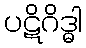
ပဋိဂိဒ္ဓါ